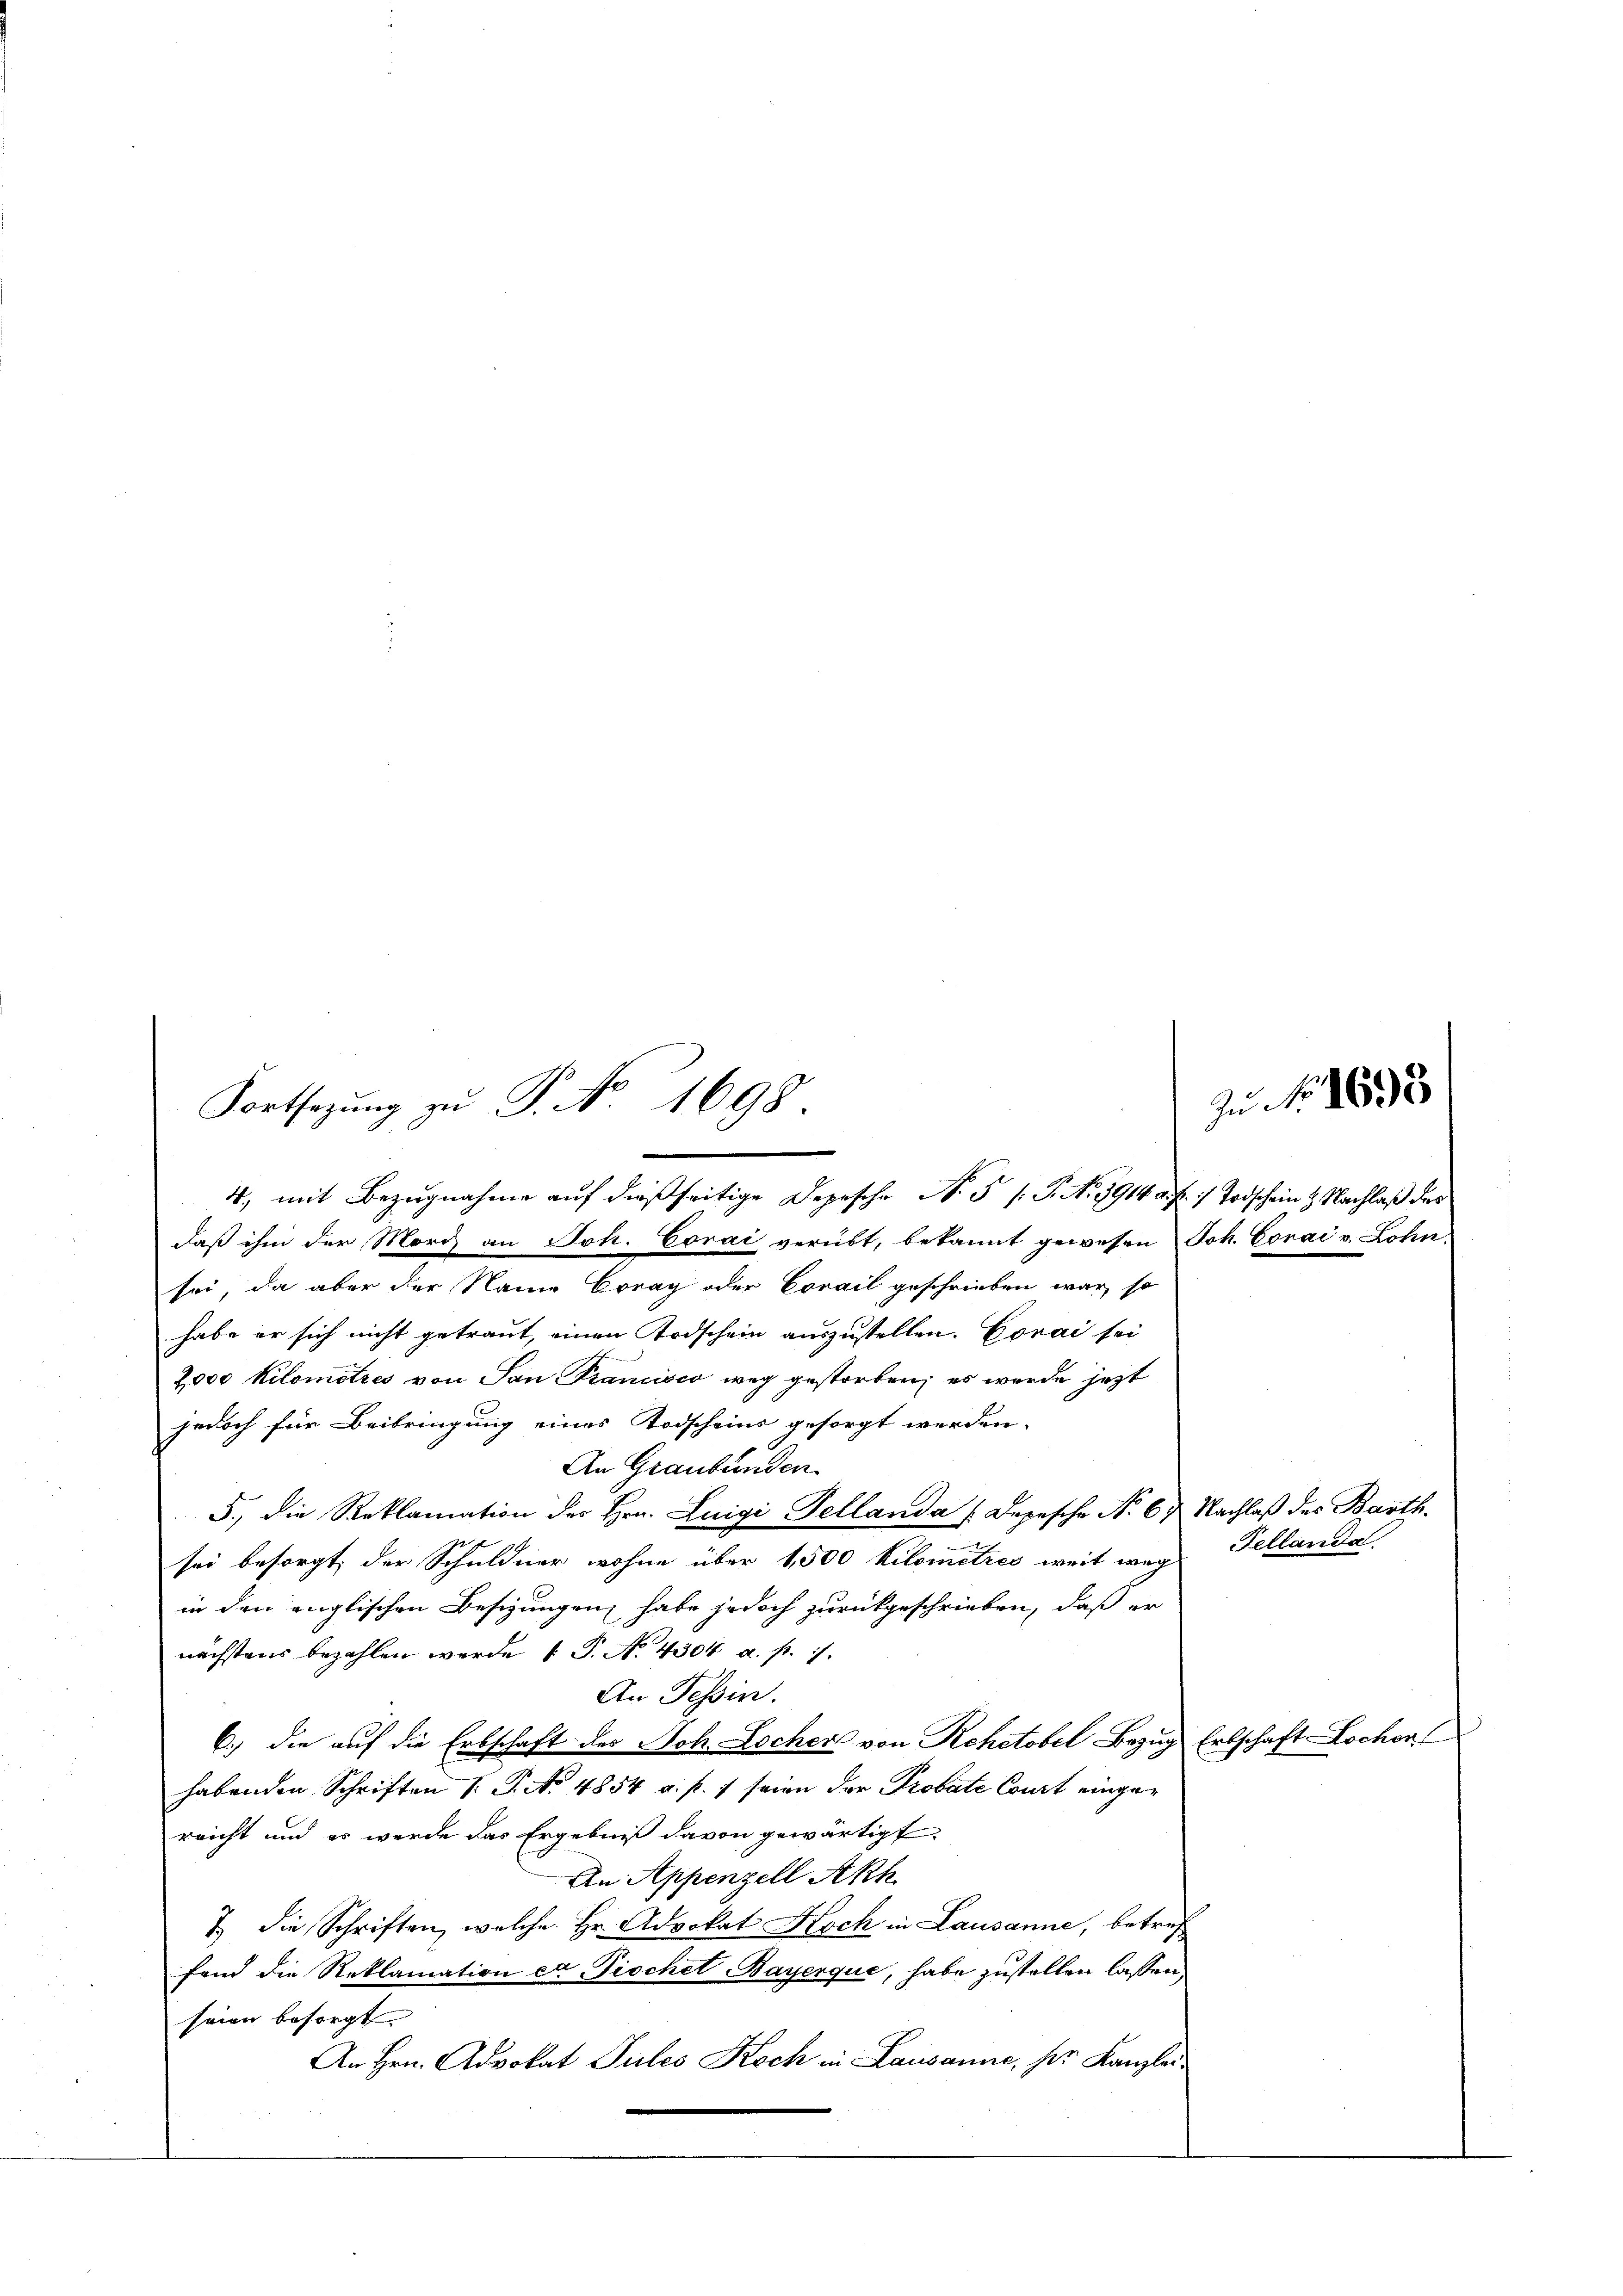
Fortsetzŭng zu P. No. 1698.
4., mit Bezugnahme auf dießseitige Depesche N. 3 s. S. No. 1914 a. f.) Todschein & Nachlaß des

daß ihm der Mord an Joh. Corai verübt, bekannt gewesen Joh. Corai v. Lohn
sei, da aber der Name Brag oder Corail geschrieben war, so
habe er sich nicht getraut, einen Todschein auszustellen. Corai sei
2000 Kilometzes von San Francisco weg gestorben, es werde jetzt
jedoch für Beibringung eines Todscheins gesorgt werden.
An Graubünden
5., die Reklamation der Hrn. Luigi Tellanda (Depesche No 67 Nachlaß des Barth.
e
sei besorgt, der Schuldner wohne über 1500 Kilometzes weit weg
in den englischen Besizungen habe jedoch zurückgeschrieben, daß er
nächstens bezahlen werde, 1 P. No. 4304 a. p. 1.
An Tessin.
6.) die auf die Erbschaft des Joh. Locher von Rehetobel Bezug Erbschaft Lochen
habenden Schriften 1. P. No 4854 a. p. 7 seien der Probate Court eingereicht und es werde das Ergebniß davon gewärtigt.
An Appenzell Akh
7 die Schriften, welche Hr. Advokat Koch in Lausanne, betreffand die Reklamation et Tischel Bayerque, habe zustellen lassen,
seien besorgt
An Hrn. Advokat Sules Koch in Lausanne, her Kanzlei-

Fellanda

Zu Nr. 163